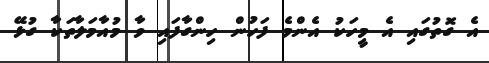
އެ ގޮތުގައި އެ މީހަކު އެންމެ ފަހުން ހިންގާފައި ވާ މުއާމަލާތަކާ ގުޅޭ